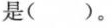
是()。